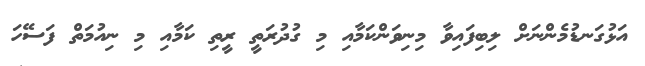
އަޅުގަނޑުމެންނަށް ލިބިފައިވާ މިނިވަންކަމާއި މި ގުދުރަތީ ރީތި ކަމާއި މި ނިއުމަތް ފަސޭހަ